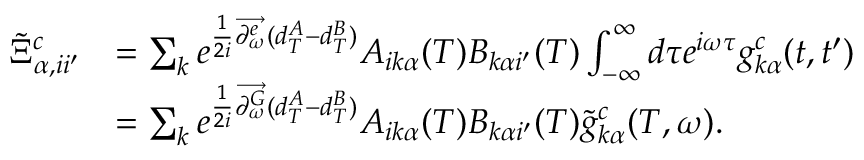
\begin{array} { r l } { \tilde { \Xi } _ { \alpha , i i ^ { \prime } } ^ { c } } & { = \sum _ { k } e ^ { \frac { 1 } { 2 i } \overrightarrow { \partial _ { \omega } ^ { e } } ( d _ { T } ^ { A } - d _ { T } ^ { B } ) } A _ { i k \alpha } ( T ) B _ { k \alpha i ^ { \prime } } ( T ) \int _ { - \infty } ^ { \infty } d \tau e ^ { i \omega \tau } g _ { k \alpha } ^ { c } ( t , t ^ { \prime } ) } \\ & { = \sum _ { k } e ^ { \frac { 1 } { 2 i } \overrightarrow { \partial _ { \omega } ^ { G } } ( d _ { T } ^ { A } - d _ { T } ^ { B } ) } A _ { i k \alpha } ( T ) B _ { k \alpha i ^ { \prime } } ( T ) \tilde { g } _ { k \alpha } ^ { c } ( T , \omega ) . } \end{array}